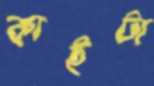
কাইটা